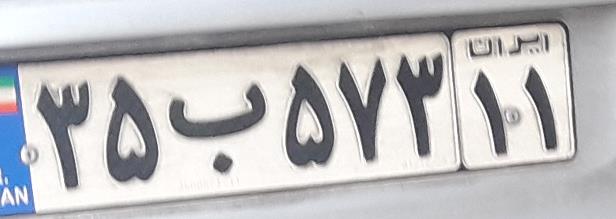
۳۵ب۵۷۳۱۱